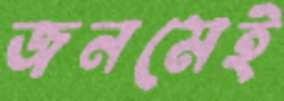
জনমেই